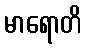
မာရောတိ